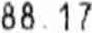
88.17